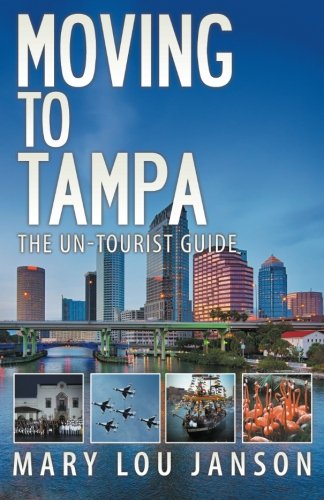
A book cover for Moving to Tampa: The Un-Tourist Guide; Mary Lou Janson; Travel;